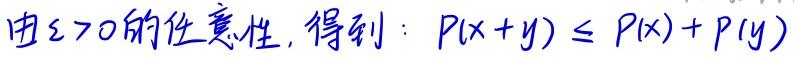
由$\varepsilon > 0$的任意性, 得到: $P(x + y) \leq P(x) + P(y)$